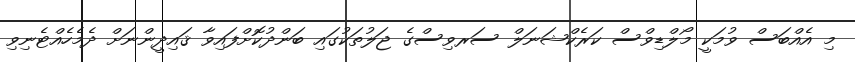
މި އެއްބަސް ވުމަކީ މޯލްޑިވްސް ކަރެކްޝަނަލް ސަރވިސްގެ ޖަލުތަކުގައި ބަންދުކޮށްފައިވާ ޤައިދީންނަށް ދެމެހެއްޓެނިވި